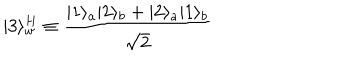
| 3 \rangle _ { w } ^ { H } \equiv { \frac { | 1 \rangle _ { a } | 2 \rangle _ { b } + | 2 \rangle _ { a } | 1 \rangle _ { b } } { \sqrt { 2 } } }